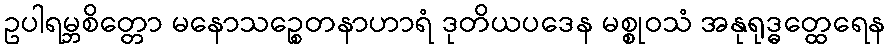
ဥပါရမ္ဘစိတ္တော မနောသဉ္စေတနာဟာရံ ဒုတိယပဒေန မစ္စုဝသံ အနုရုဒ္ဓတ္ထေရေန